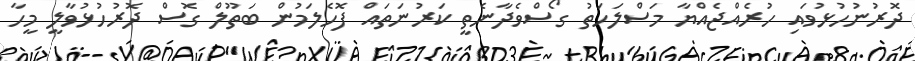
ދޮރުނުހުޅުވައި ހުރެއްޖެއްޔާ މަސްލަހަތު ގޯސްވެދާނެތީ ކަރުނަތައް ފޮހެލަމުން ބަތޫލް ގޮސް ދޮރުހުޅުވާލީ މީހާ